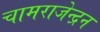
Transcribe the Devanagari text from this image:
चामराजेन्द्रन